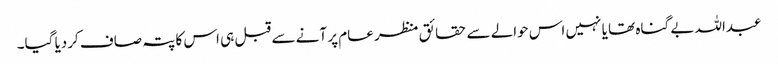
عبداللہ بے گناہ تھا یا نہیں اس حوالے سے حقائق منظر عام پر آنے سے قبل ہی اس کا پتہ صاف کردیا گیا۔